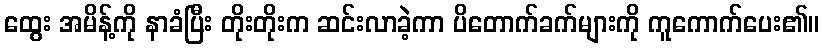
ထွေး အမိန့်ကို နာခံပြီး တိုးတိုးက ဆင်းလာခဲ့ကာ ပိတောက်ခက်များကို ကူကောက်ပေး၏။